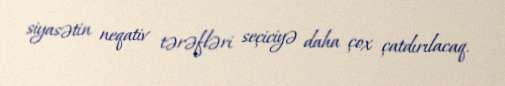
siyasətin neqativ tərəfləri seçiciyə daha çox çatdırılacaq.